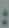
: